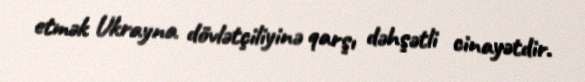
etmək Ukrayna dövlətçiliyinə qarşı dəhşətli cinayətdir.